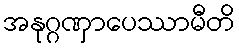
အနုဂ္ဂဏှာပေဿာမီတိ